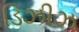
ડિઝીઝ